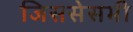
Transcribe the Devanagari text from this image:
जिससेसभी